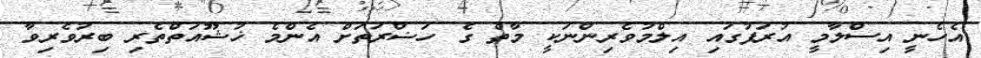
އެހެނީ އިސްލާމީ އުރަފުގައި އިލްމުވެރިންނަކީ މާތް ގެ ހަޟްރަތަށް އެންމެ ޚުޝޫއަތްތެރި ބިރުވެރިވާ